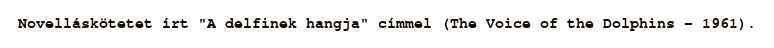
Novelláskötetet írt "A delfinek hangja" címmel (The Voice of the Dolphins – 1961).